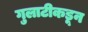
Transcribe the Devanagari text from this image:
गुलाटीकडून